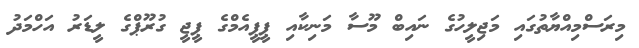
މިރަސްމިއްޔާތުގައި މަޖިލީހުގެ ނައިބް މޫސާ މަނިކާއި ޕީޕީއެމްގެ ޕީޖީ ގުރޫޕްގެ ލީޑަރު އަހްމަދު